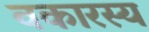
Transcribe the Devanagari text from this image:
वकारस्य